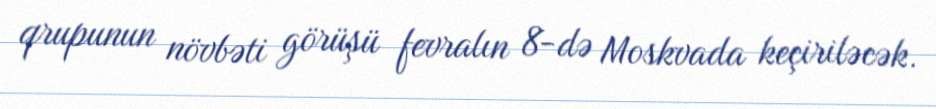
qrupunun növbəti görüşü fevralın 8-də Moskvada keçiriləcək.